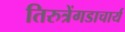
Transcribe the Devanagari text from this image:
तिरुत्रेंगडाचार्य